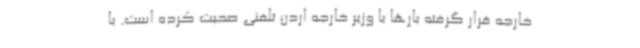
خارجه قرار گرفته بارها با وزیر خارجه اردن تلفنی صحبت کرده است. با